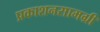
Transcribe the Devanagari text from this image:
प्रकाशनसामग्री